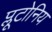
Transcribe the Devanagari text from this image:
प्लूटोनिय